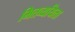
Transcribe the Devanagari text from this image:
मितव्‍ययिता